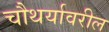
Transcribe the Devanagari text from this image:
चौथर्यावरील